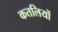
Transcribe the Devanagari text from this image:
कतलियों